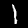
Label: 1